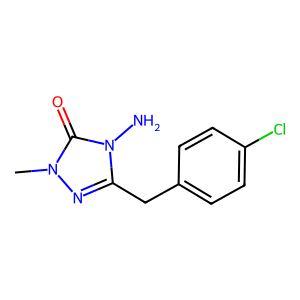
SMILES: Cn1nc(Cc2ccc(Cl)cc2)n(N)c1=O
Inhibits HIV replication: No